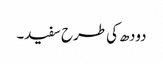
دودھ کی طرح سفید۔